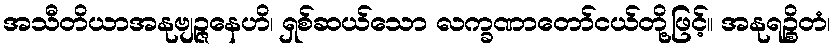
အသီတိယာအနုဗျဉ္ဇနေဟိ၊ ရှစ်ဆယ်သော လက္ခဏာတော်ငယ်တို့ဖြင့်။ အနုရဉ္စိတံ၊